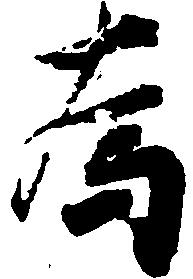
為